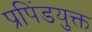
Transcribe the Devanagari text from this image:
प्रपिंडयुक्त